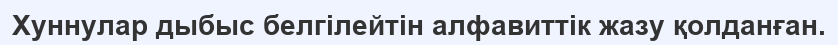
Хуннулар дыбыс белгілейтін алфавиттік жазу қолданған.